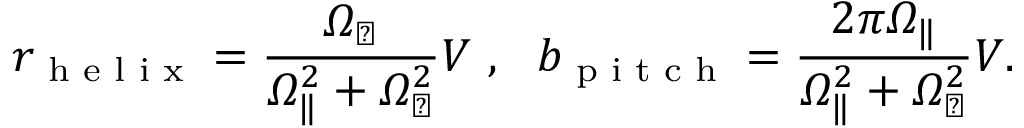
r _ { \textrm { h e l i x } } = \frac { \itOmega _ { \perp } } { \itOmega _ { \| } ^ { 2 } + \itOmega _ { \perp } ^ { 2 } } V ~ , ~ ~ b _ { \textrm { p i t c h } } = \frac { 2 \pi \itOmega _ { \| } } { \itOmega _ { \| } ^ { 2 } + \itOmega _ { \perp } ^ { 2 } } V .